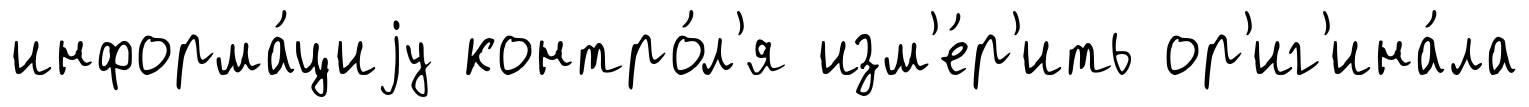
информа́циjу контро́л'я изм'е́р'ить ор'иг'ина́ла